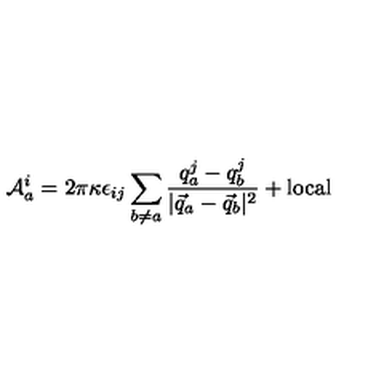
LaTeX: { \cal A } _ { a } ^ { i } = 2 \pi \kappa \epsilon _ { i j } \sum _ { b \neq a } { \frac { q _ { a } ^ { j } - q _ { b } ^ { j } } { | \vec { q } _ { a } - \vec { q } _ { b } | ^ { 2 } } } + \mathrm { l o c a l }